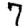
Digit: 7